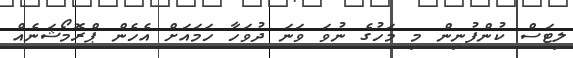
ލިޓަސް ކުންފުނިން މި މަހުގެ ނުވަ ވަނަ ދުވަހާ ހަމައަށް އެހެން ޕްރޮމޯޝަނެއް